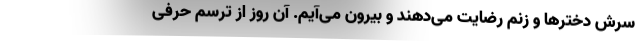
سرش دخترها و زنم رضایت می‌دهند و بیرون می‌آیم. آن روز از ترسم حرفی